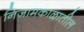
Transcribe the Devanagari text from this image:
निजामकाळातील